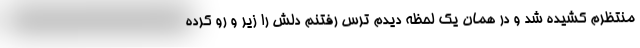
منتظرم کشیده شد و در همان یک لحظه دیدم ترس رفتنم دلش را زیر و رو کرده